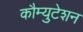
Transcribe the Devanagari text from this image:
कौम्युटेशन